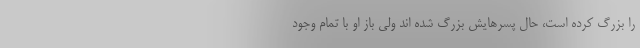
را بزرگ کرده است، حال پسرهایش بزرگ شده اند ولی باز او با تمام وجود